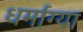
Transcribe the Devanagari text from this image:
धर्माग्या